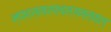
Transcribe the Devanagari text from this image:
न्फ्द्स्ख्र्फ्व्स्ज्न्स्क्ल्